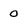
Character: 0